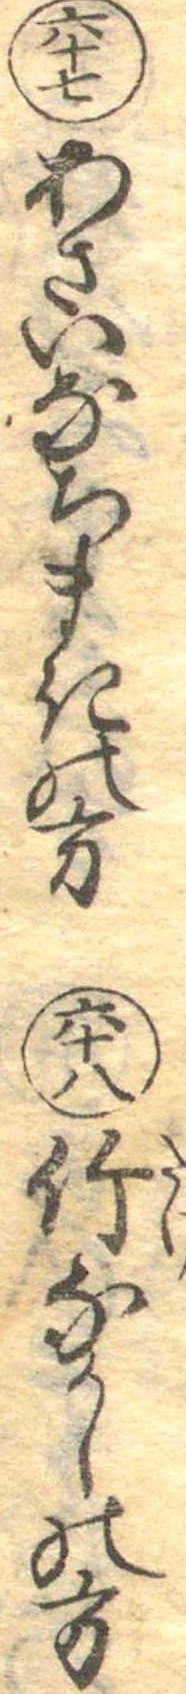
六十七あさいなちまきの方六十八竹なかしの方